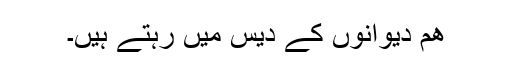
ھم دیوانوں کے دیس میں رہتے ہیں۔